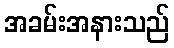
အခမ်းအနားသည်